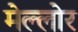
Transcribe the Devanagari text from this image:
मेल्लोर